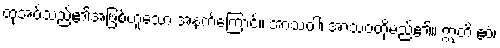
ထုံအပ်သည်၏အဖြစ်ဟူသော အနက်ကြောင့်။ အာသဝါ၊ အာသဝတို့မည်၏။ ဣတိ ဧဝံ၊